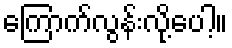
ကြောက်လွန်းလို့ပေါ့။